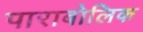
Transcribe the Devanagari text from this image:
पाराबोलिक